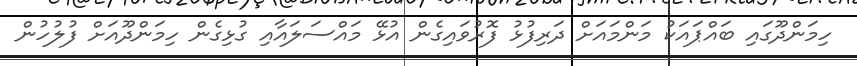
ހިމަންދޫގައި ބައްޕައަކު މަންމައަށް ދަރިފުޅު ފޮރުވައިގެން އުޅޭ މައްސަލައާއި ގުޅިގެން ހިމަންދޫއަށް ފުލުހުން